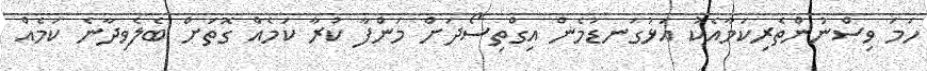
ހަމަ ވިސްނުންތެރިކަމާއެކު އަޅުގަނޑުމެން އިގްތިސޯދަށް މަންފާ ކުރާ ކަމެއް ގޮތަށް ބެލެވިދާނެ ކަމެއް